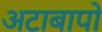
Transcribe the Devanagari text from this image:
अटाबापो